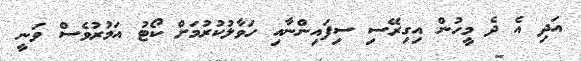
އަދި އެ ދެ މީހުން އިގިރޭސި ސިފައިންނާއި ހަވާލުކުރުމަށް ކޯޓު އަމުރުވެސް ވަނީ